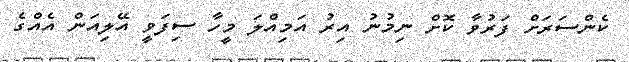
ކެންސަރަށް ފަރުވާ ކޮށް ނިމުނު އިރު އަމިއްލަ މީހާ ސިފަވީ އޭލިއަން އެއްގެ